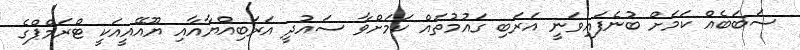
ސަބަބެއް ކަމަށް ބުނެފައިވަނީ އަރަބި ގައުމުތައް ކަމަށްވާ ސައުދީ އަރަބިއްޔާއާއި ޔޫއޭއީއަކީ ޓްރަމްޕްގެ